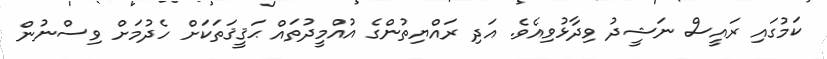
ކަމުގައި ރައީސް ނަޝީދު ވިދާޅުވިއެވެ. އަދި ރައްޔިތުންގެ އުއްމީދުތައް ޙަޤީޤަތަކަށް ހެދުމަށް ވިސްނުން